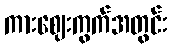
ကားဈေးကွက်အတွင်း